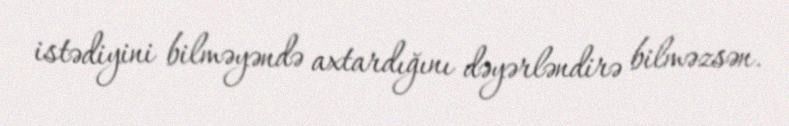
istədiyini bilməyəndə axtardığını dəyərləndirə bilməzsən.